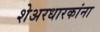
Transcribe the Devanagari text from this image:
शेअरधारकांना